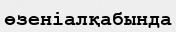
өзеніалқабында